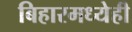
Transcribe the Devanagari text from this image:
बिहारमध्येही